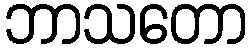
ဘာသတော